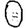
Digit: 0